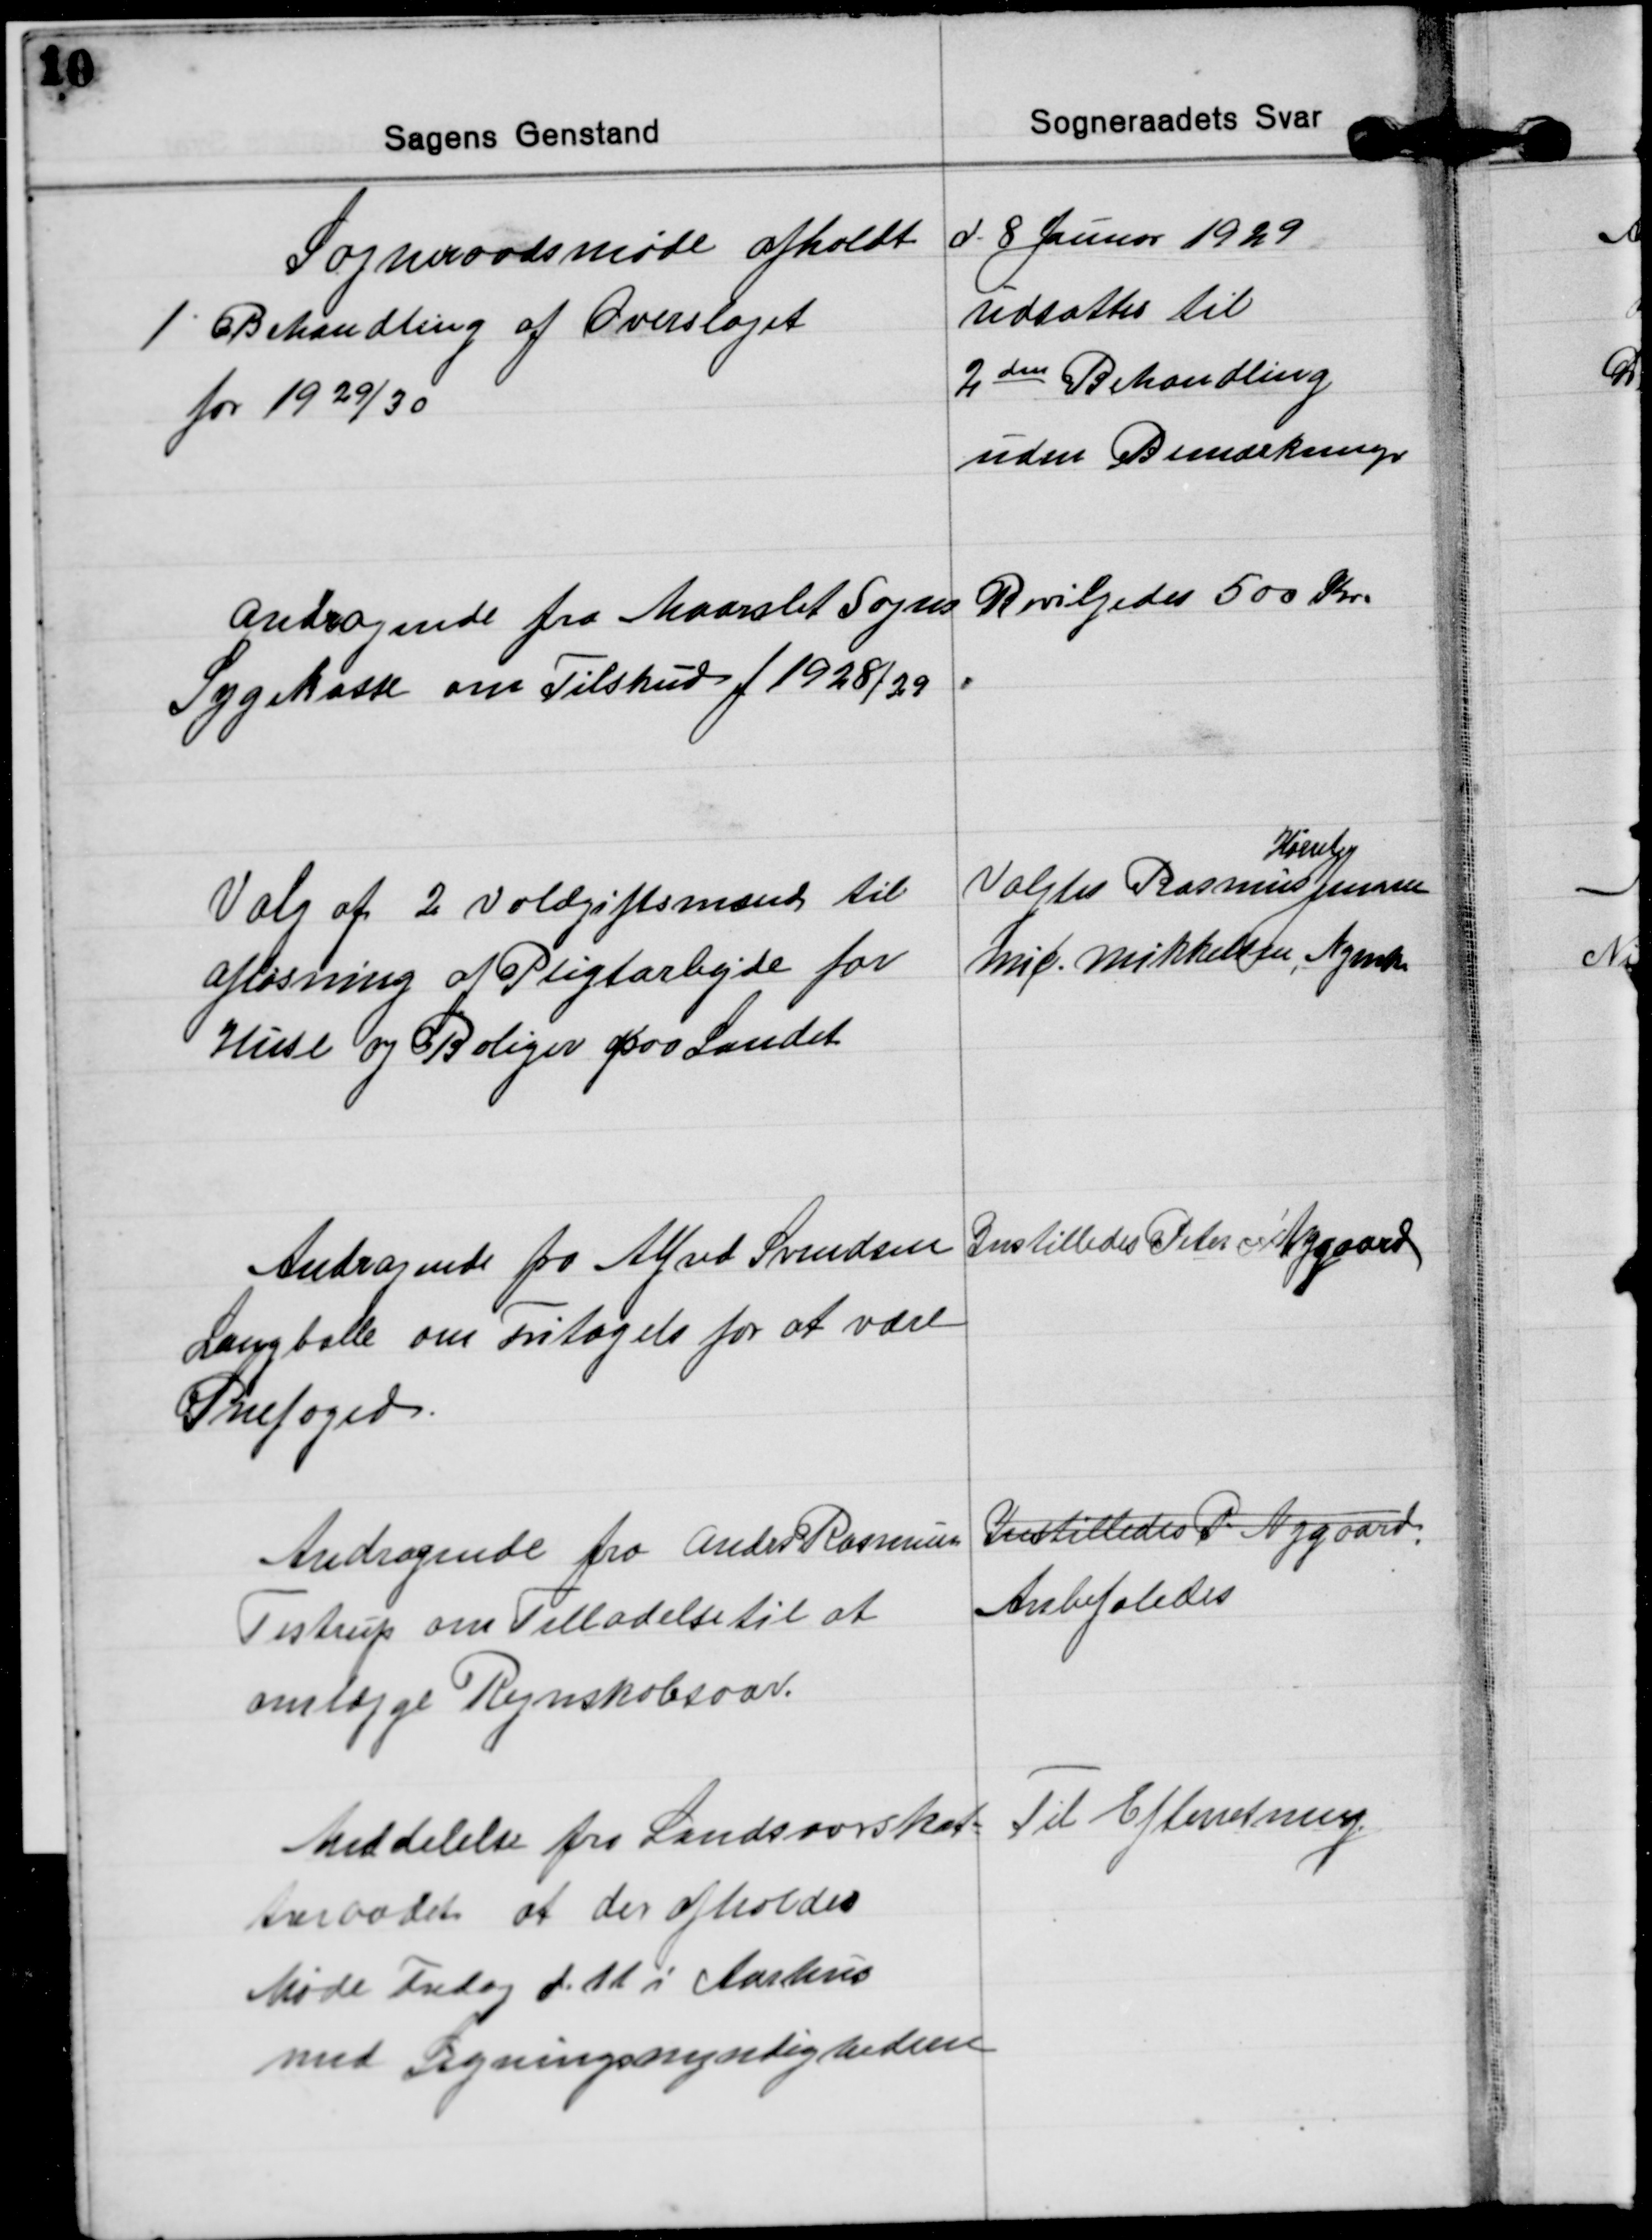
Transskription:
Sogneraadsmøde afholdt d. 8 Januar 1929

1. Behandling af Overslaget
for 1929/30
Udsattes til
2den Behandling
uden Bemærkninger

andragende fra Maarslet Sogns
Sygekasse om Tilskud f 1928/29
Bevilgedes 500 Kr.

Valg af 2 Voldgiftsmænd til
afløsning af Pligtarbejde for
Huse og Boliger paa Landet
Valgtes Rasmus Jensen 
Hørret
Mic. Mikkelsen, Nymk

Andragende fra Alfred Svendsen
Langballe om Fritagelse for at være
Snefoged.
Instilledes Peter Nygaard

Andragende fra Anders Rasmussen
Testrup om Tilladelse til at
omlægge Regnskabsaar.
Instilledes P. Nygaard.
Anbefaledes

Meddelelse fra Landsoverskat=
teraadet at der afholdes
Møde Fredag d. 11 i Aarhus
med Ligningsmyndighederne
Til Efterretning.